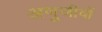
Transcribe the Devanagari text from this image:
अणुजीवों